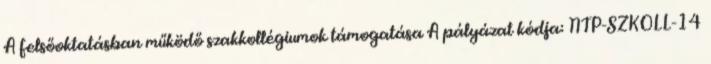
A felsőoktatásban működő szakkollégiumok támogatása A pályázat kódja: NTP-SZKOLL-14